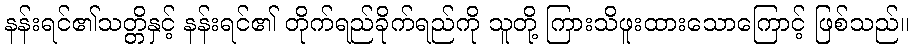
နန်းရင်၏သတ္တိနှင့် နန်းရင်၏ တိုက်ရည်ခိုက်ရည်ကို သူတို့ ကြားသိဖူးထားသောကြောင့် ဖြစ်သည်။